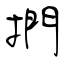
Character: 捫